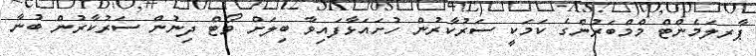
ޕާރލަމެންޓް މްމްބަރުންގެ ކަމަކީ ސަރުކާރުން ހުށައަޅާފައިވާ ބިލަށް ވޯޓް ދިނުން ސަރުކާރުން ބުނާ